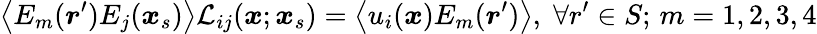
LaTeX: \left\langle{E_{m}(\boldsymbol{r}^{\prime})E_{j}(\boldsymbol{x}_{s})}\right\rangle\mathcal{L}_{ij}(\boldsymbol{x};\boldsymbol{x}_{s})=\left\langle{u_{i}(\boldsymbol{x})E_{m}(\boldsymbol{r}^{\prime})}\right\rangle,\; \forall r^{\prime}\in S;\, m=1,2,3,4